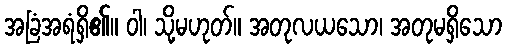
အခြံအရံရှိ၏။ ဝါ၊ သို့မဟုတ်။ အတုလယသော၊ အတုမရှိသော